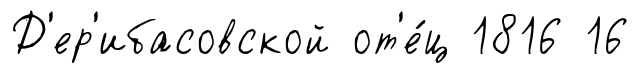
Д'ер'ибасовской от'е́ц 1816 16